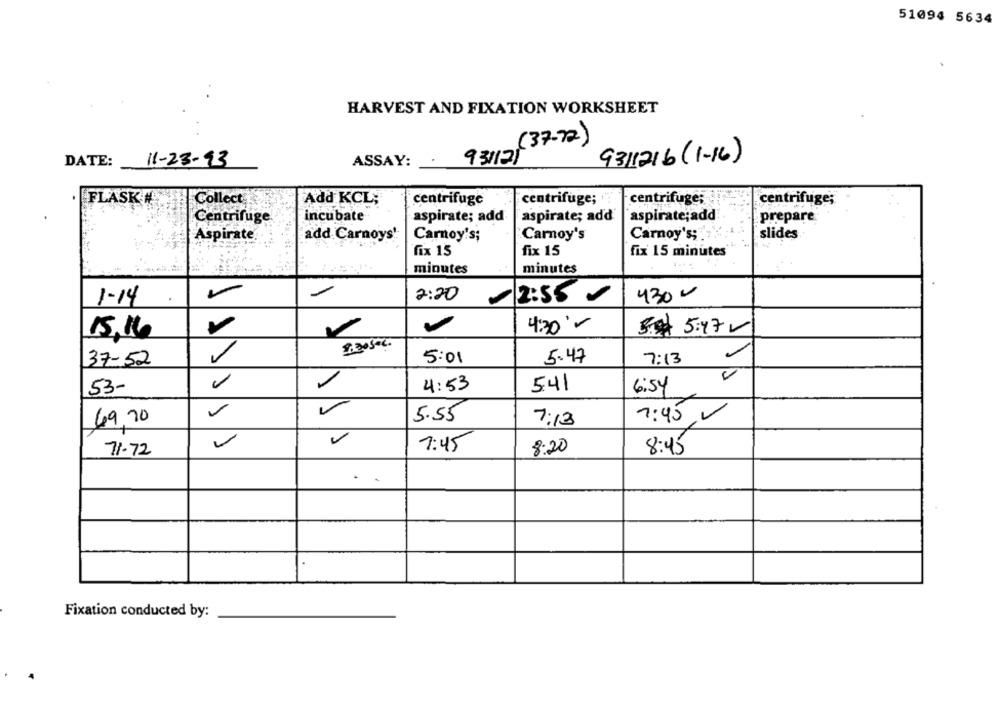
51094 5634
HARVEST AND FIXATION WORKSHEET
(37-72)
DATE:
11-23-93
ASSAY:
931121
9311216 (1-16)
FLASK#
centrifuge; ".
centrifuge;
Collect
Add KCL;
centrifuge
centrifuge;
incubate
aspirate; add
aspirate; add
aspirate;add
prepare
Centrifuge
Carnoy's;
slides
Aspirate.
add. Carnoys':
Carnoy's;
Carnoy's
fix 15
fix 15
fix 15 minutes
minutes
minutes
1
-
2:20
430 -
1-14
2:58
4:30-
5 5:47
15,16
37-52
5:01
5.47
7:13
53-
4:53
5.41
6:54
69.70
5.55
7:45
7:13
7:45
8:20
71.72
8:45
..
Fixation conducted by: